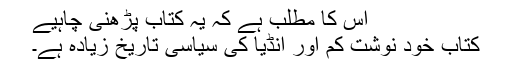
اس کا مطلب ہے کہ یہ کتاب پڑھنی چاہیے
کتاب خود نوشت کم اور انڈیا کی سیاسی تاریخ زیادہ ہے۔